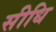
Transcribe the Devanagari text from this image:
सीधि